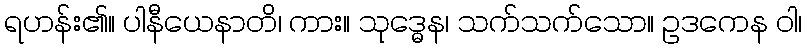
ရဟန်း၏။ ပါနီယေနာတိ၊ ကား။ သုဒ္ဓေန၊ သက်သက်သော။ ဥဒကေန ဝါ၊